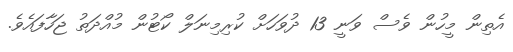
އެތިން މީހުން ވެސް ވަނީ 13 ދުވަހަށް ކުރިމިނަލް ކޯޓުން މުއްދަތު ޖަހާފައެވެ.